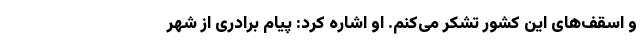
و اسقف‌های این کشور تشکر می‌کنم. او اشاره کرد: پیام برادری از شهر